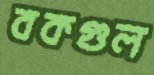
বকগুল